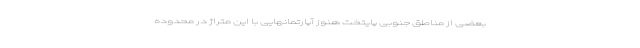
بعضی از مناطق جنوبی پایتخت هنوز آپارتمانهایی با این متراژ در محدوده